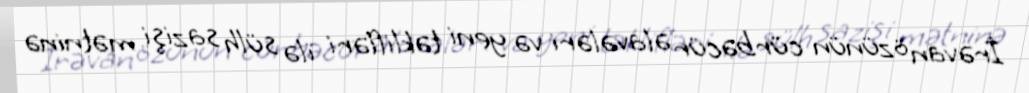
İrəvan özünün cürbəcür əlavələri və yeni təklifləri ilə sülh sazişi mətninə